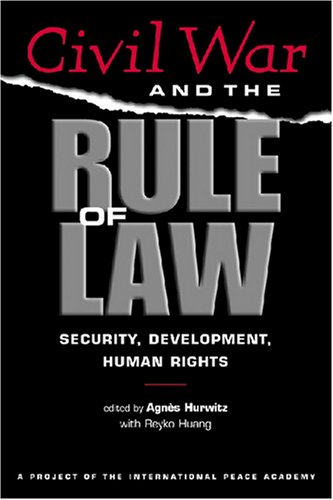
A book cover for Civil War And The Rule Of Law: Security, Development, Human Rights; Law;